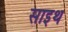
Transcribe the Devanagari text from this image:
साइथ